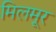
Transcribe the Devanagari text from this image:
मिलमूर